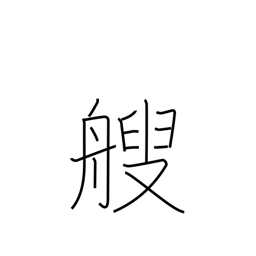
Meaning: counter for small boats